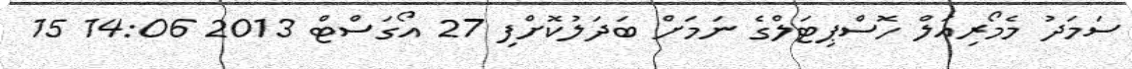
ސަމަދު މެމޯރިއަލް ހޮސްޕިޓަލްގެ ނަމަށް ބަދަލުކޮށްފި 27 އޯގަސްޓް 2013 14:06 15